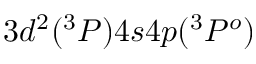
3 d ^ { 2 } ( ^ { 3 } P ) 4 s 4 p ( ^ { 3 } P ^ { o } )